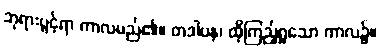
ဘုရားပွင့်ရာ ကာလမည်၏။ တဒါပန၊ ထိုကြည့်ရှုသော ကာလ၌။